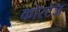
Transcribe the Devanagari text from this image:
कोरटेज